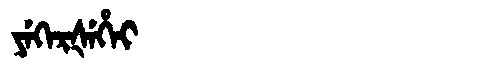
Manchu: ᠶᡝᡴᡝᡵᡧᡝᡥᡝᡳ
Romanization: YEKERŠEHEI